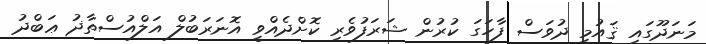
މަނަދޫގައި ޤައުމީ ދުވަސް ފާހަގަ ކުރުން ޝަރަފުވެރި ކޮށްދެއްވީ އޮނަރަބުލް އަލްއުސްތާޛު ޢަބްދު